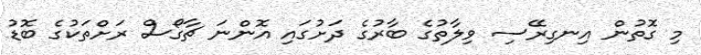
މި ގޮތުން އިނގިރޭސި ވިލާތުގެ ބާރުގެ ދަށުގައި އޮންނަ ޗާގޯސް ރަށްތަކުގެ ބޮޑު